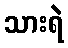
သားရဲ